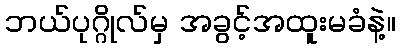
ဘယ်ပုဂ္ဂိုလ်မှ အခွင့်အထူးမခံနဲ့။